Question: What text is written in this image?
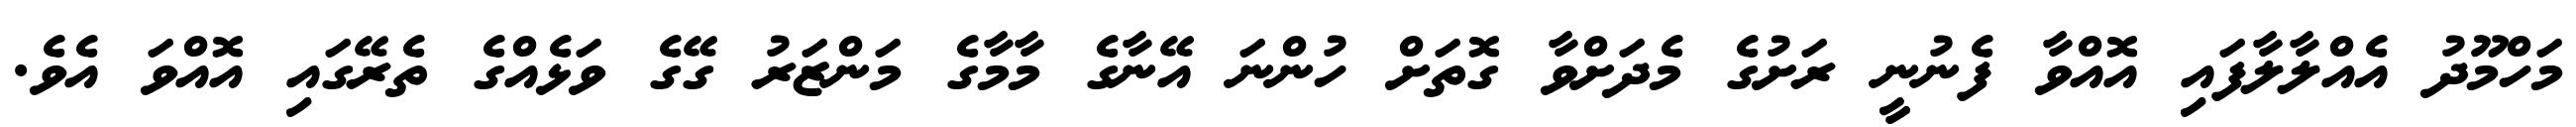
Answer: މަހްމޫދު އެއްލާލާފައި އޮއްވާ ފެނުނީ ރަށުގެ މެދަށްވާ ގޮތަށް ހުންނަ އޭނާގެ މާމާގެ މަންޒަރު ގޭގެ ވަޅެއްގެ ތެރޭގައި އޮއްވަ އެވެ.